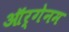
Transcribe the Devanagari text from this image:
ऑर्गेनम